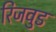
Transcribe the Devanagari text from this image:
रिजवुड